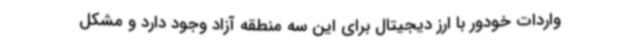
واردات خودور با ارز دیجیتال برای این سه منطقه آزاد وجود دارد و مشکل